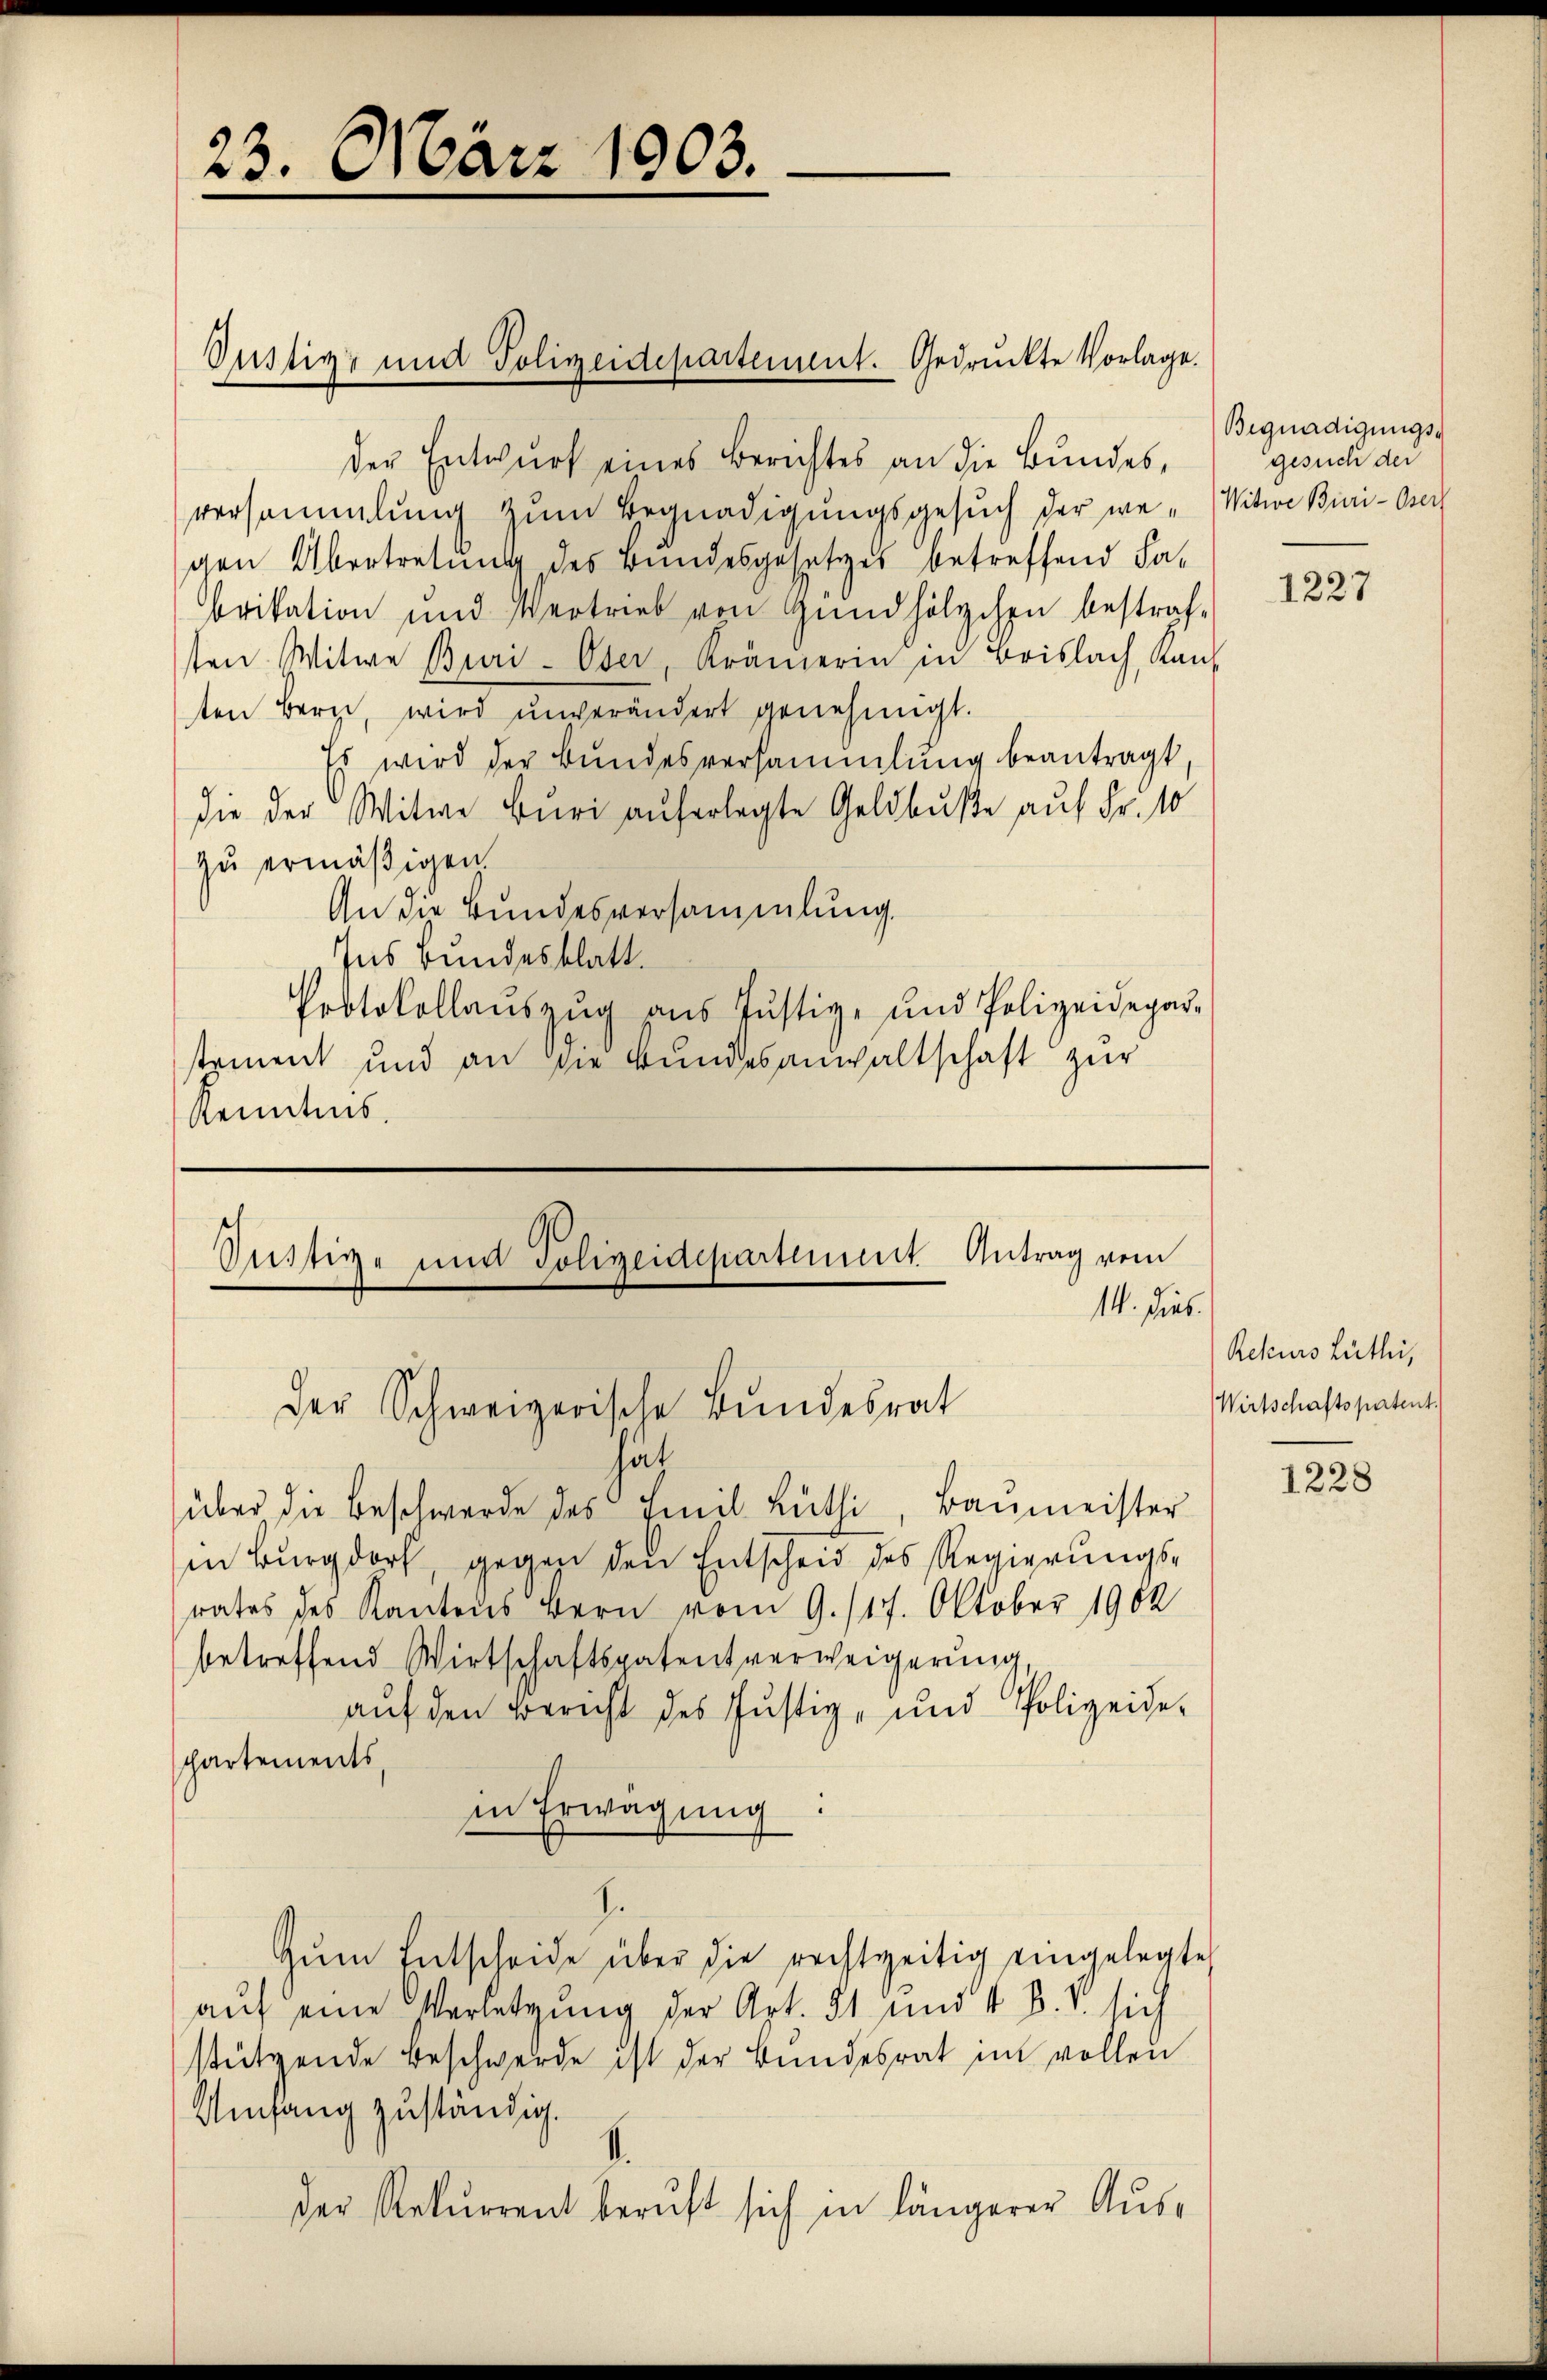
23. März 1903.

Dustiz- und Polizeidepartement. Gedruckte Vorlage.

Sistige und Polizeidepartement Antrag vom
14. dies
Der Schweizerische Bundesrat

der Entwurf eines Berichtes an die Bundes,
versammlung zum Begnadigungsgesuch der we- Witwe Buri - Oser
gen Übertretung des Bundesgesetzes betreffend Fa-
brikation und Vertrieb von Gündhölzchen bestraf-
ten Witwe Buri - Oser, Krämerin in Brislach, Kanz
ten Bern, wird unverändert genehmigt.
Es wird der Bundesversammlung beantragt,
die der Witwe Buri auferlegte Geldbuße auf Fr. 10
zu ermäßigen.
An die Bundesversammlung.
Ins Bundesblatt.
Protokollauszug aus Justiz- und Polizeidepar-
stament und an die Bundesanwaltschaft zur
Kenntnis.

hat
über die Beschwerde des Emil Lüthi, Baŭmeister
in Burgdorf, gegen den Entscheid des Regierungs-
rates des Kantons Bern vom 9. 117. Oktober 1902
betreffend Wirtschaftspatentverweigerung,
auf den Bericht des Justiz- und Polizeide-
partements,
in Erwägung
.
Zŭm Entscheide über die rechtzeitig eingelegte
auf eine Verletzung der Art. 81 und 4 B. S. sich
stützende Beschwerde ist der Bundesrat im vollen
Umfang zuständig.
der Rekurrent beruft sich in längerer Aus¬

Begnadigungsgesuch der

1227

Rekurs Lüthi,
Wirtschaftspatent.

1228